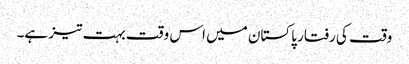
وقت کی رفتار پاکستان میں اس وقت بہت تیز ہے۔